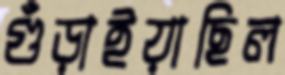
গুঁড়াইয়াছিল